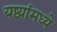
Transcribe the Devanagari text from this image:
यष्ट्यांमध्ये